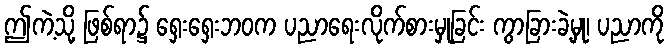
ဤကဲ့သို့ ဖြစ်ရာ၌ ရှေးရှေးဘဝက ပညာရေးလိုက်စားမှုခြင်း ကွာခြားခဲ့မှု၊ ပညာကို